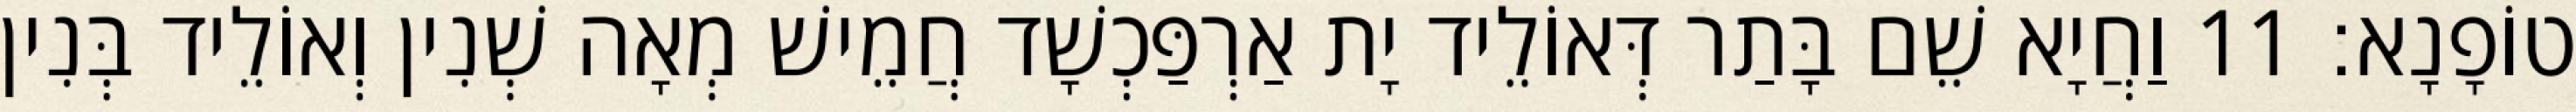
טוֹפָנָא׃ 11 וַחֲיָא שֵׁם בָּתַר דְּאוֹלֵיד יָת אַרְפַּכְשָׁד חֲמֵישׁ מְאָה שְׁנִין וְאוֹלֵיד בְּנִין